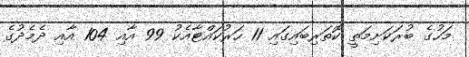
މަހުގެ ބުރަކަށިމަތީ ކޮތަރިބައިގައި 11 ހަރުކައްޓާއެކު 99 އާއި 104 އާއި ދެމެދުގެ